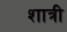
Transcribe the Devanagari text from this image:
शात्री